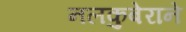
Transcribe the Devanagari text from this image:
नलकुबेराने